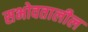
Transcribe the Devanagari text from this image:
सभोवतालील